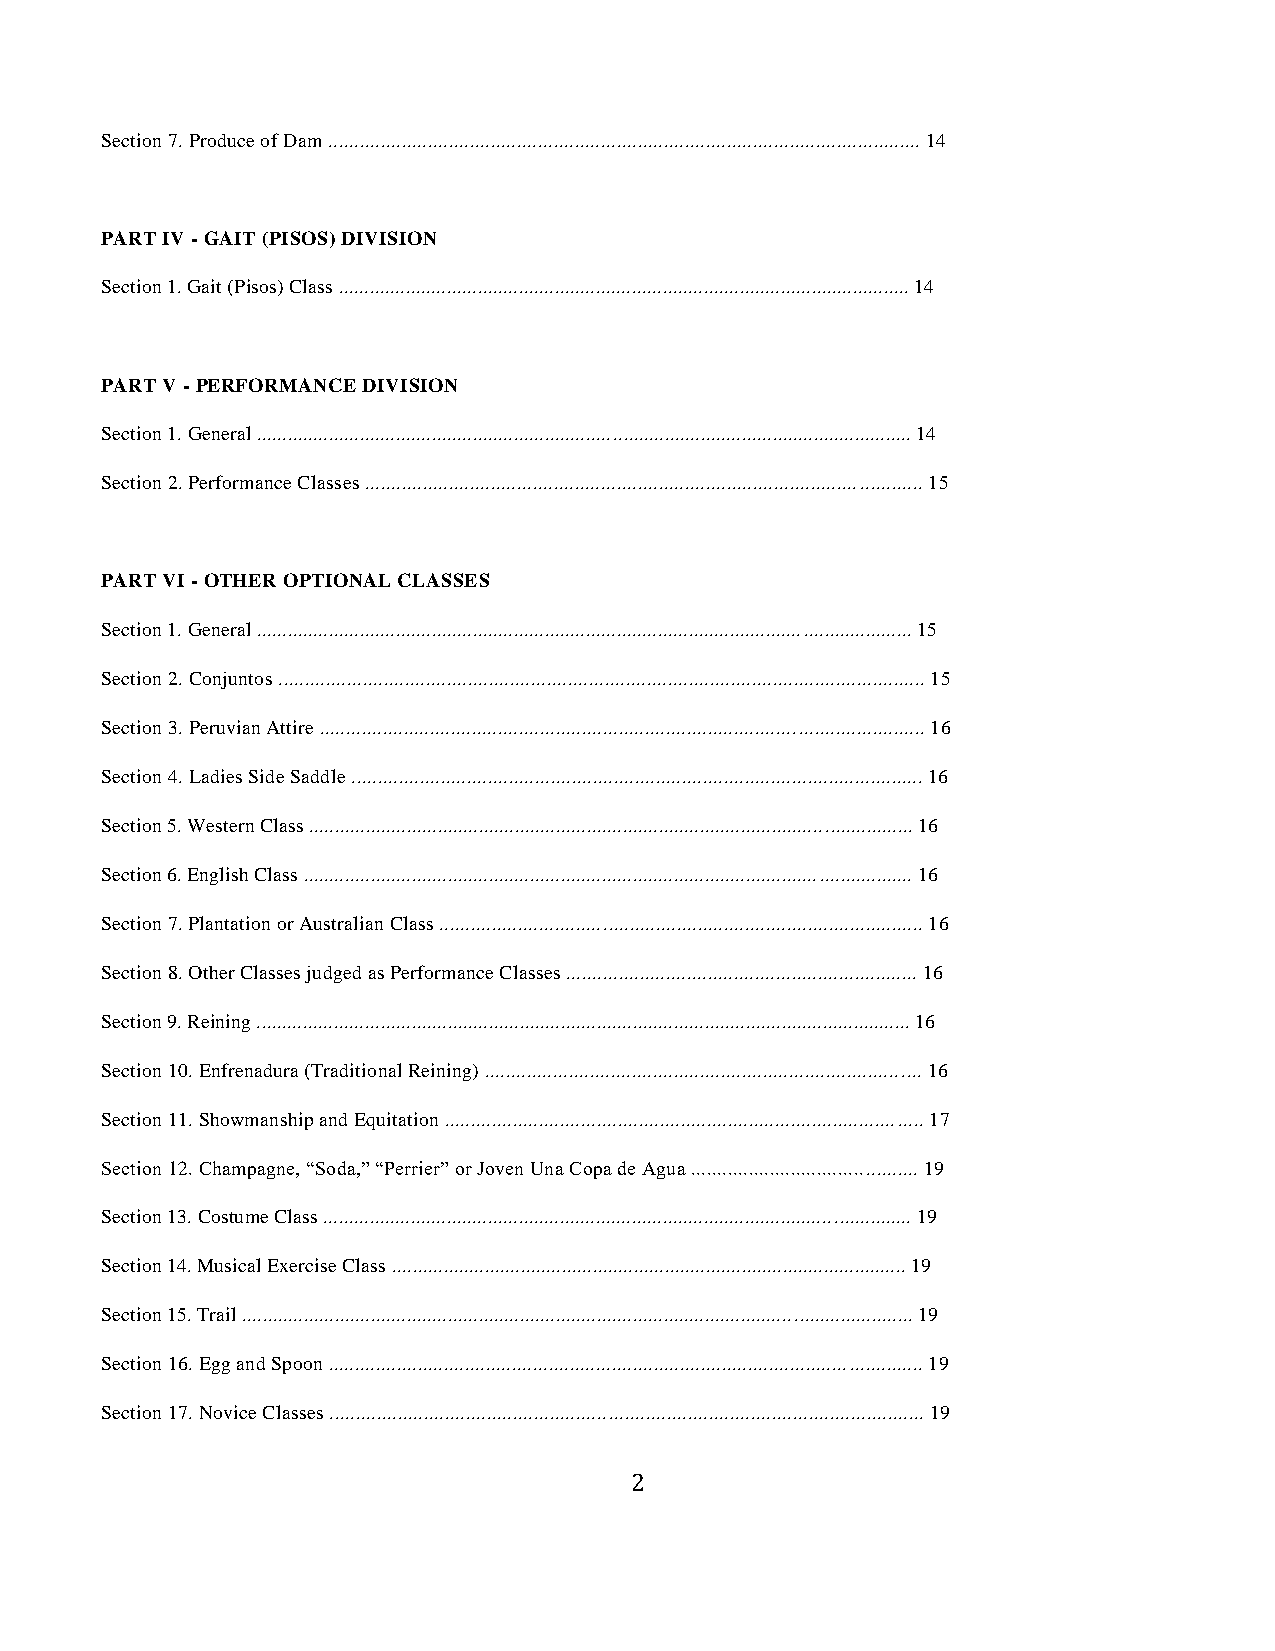
Section 7. Produce of Dam ................................................................................................................. 14
 PART IV - GAIT (PISOS) DIVISION
 Section 1. Gait (Pisos) Class ............................................................................................................... 14
 PART V - PERFORMANCE DIVISION
 Section 1. General ............................................................................................................................... 14
 Section 2. Performance Classes .......................................................................................................... 15
 PART VI - OTHER OPTIONAL CLASSES
 Section 1. General ............................................................................................................................... 15
 Section 2. Conjuntos ........................................................................................................................... 15
 Section 3. Peruvian Attire ................................................................................................................... 16
 Section 4. Ladies Side Saddle ............................................................................................................. 16
 Section 5. Western Class ..................................................................................................................... 16
 Section 6. English Class ...................................................................................................................... 16
 Section 7. Plantation or Australian Class ............................................................................................ 16
 Section 8. Other Classes judged as Performance Classes ................................................................... 16
 Section 9. Reining ............................................................................................................................... 16
 Section 10. Enfrenadura (Traditional Reining) ................................................................................... 16
 Section 11. Showmanship and Equitation ........................................................................................... 17
 Section 12. Champagne, “Soda,” “Perrier” or Joven Una Copa de Agua ........................................... 19
 Section 13. Costume Class .................................................................................................................. 19
 Section 14. Musical Exercise Class .................................................................................................... 19
 Section 15. Trail .................................................................................................................................. 19
 Section 16. Egg and Spoon ................................................................................................................. 19
 Section 17. Novice Classes ................................................................................................................. 19
 2